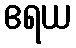
ဧရယ